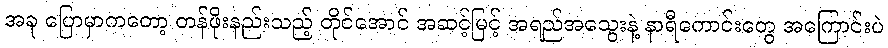
အခု ပြောမှာကတော့ တန်ဖိုးနည်းသည့် တိုင်အောင် အဆင့်မြင့် အရည်အသွေးနဲ့ နာရီကောင်းတွေ အကြောင်းပဲ